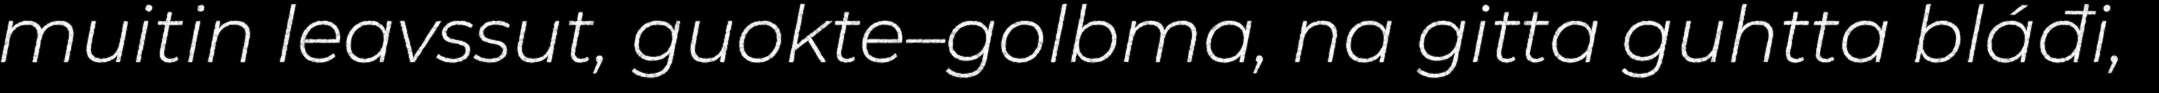
muitin leavssut, guokte–golbma, na gitta guhtta bláđi,